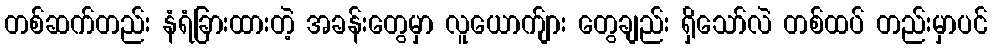
တစ်ဆက်တည်း နံရံခြားထားတဲ့ အခန်းတွေမှာ လူယောက်ျား တွေချည်း ရှိသော်လဲ တစ်ထပ် တည်းမှာပင်